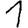
Digit: 1